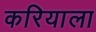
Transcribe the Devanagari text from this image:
करियाला